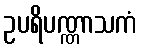
ဥပရိပဏ္ဏာသကံ